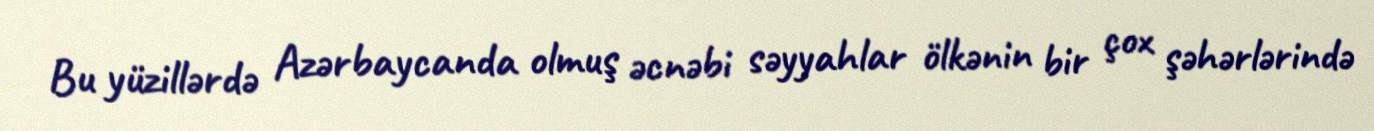
Bu yüzillərdə Azərbaycanda olmuş əcnəbi səyyahlar ölkənin bir çox şəhərlərində